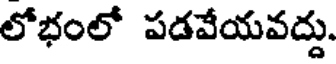
లోభంలో పడవేయవద్దు.